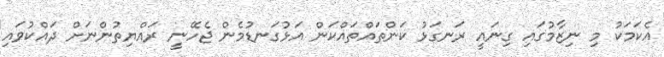
އެކަމަކު މި ނިޒާމުގައި ގިނައީ ރަނގަޅު ކަންތައްތައްކަން އަޅުގަނޑުމެން ޖެހޭނީ ރައްޔިތުންނަށް ދައްކުވައި